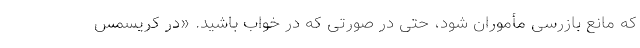
که مانع بازرسی مأموران شود، حتی در صورتی که در خواب باشید. «در کریسمس